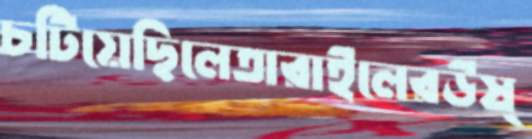
চটিয়েছিলেতারাইলেরউষ্